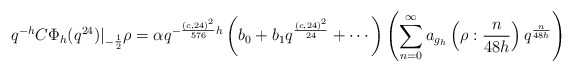
\begin{align*} q^{-h}C\Phi_{h}(q^{24})|_{-\frac{1}{2}}\rho=\alpha q^{-\frac{(c,24)^2}{576}h}\left(b_0+b_1q^{\frac{(c,24)^2}{24}}+\cdots\right)\left(\sum_{n=0}^{\infty} a_{g_h}\left(\rho : \frac{n}{48h}\right)q^{\frac{n}{48h}}\right)\end{align*}